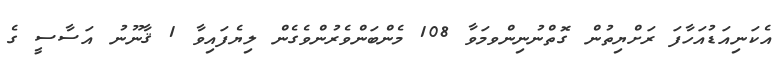
އެކަނިއަޑުއަހާފަ ރަށްޔިތުން ގޮތްނުނިންވމަވާ 108 މެންބަންވެރުންވެގެން ލިޔެފައިވާ 1 ޤާނޫނު އަސާސީ ގެ